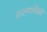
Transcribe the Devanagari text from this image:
तरुणांपैकी